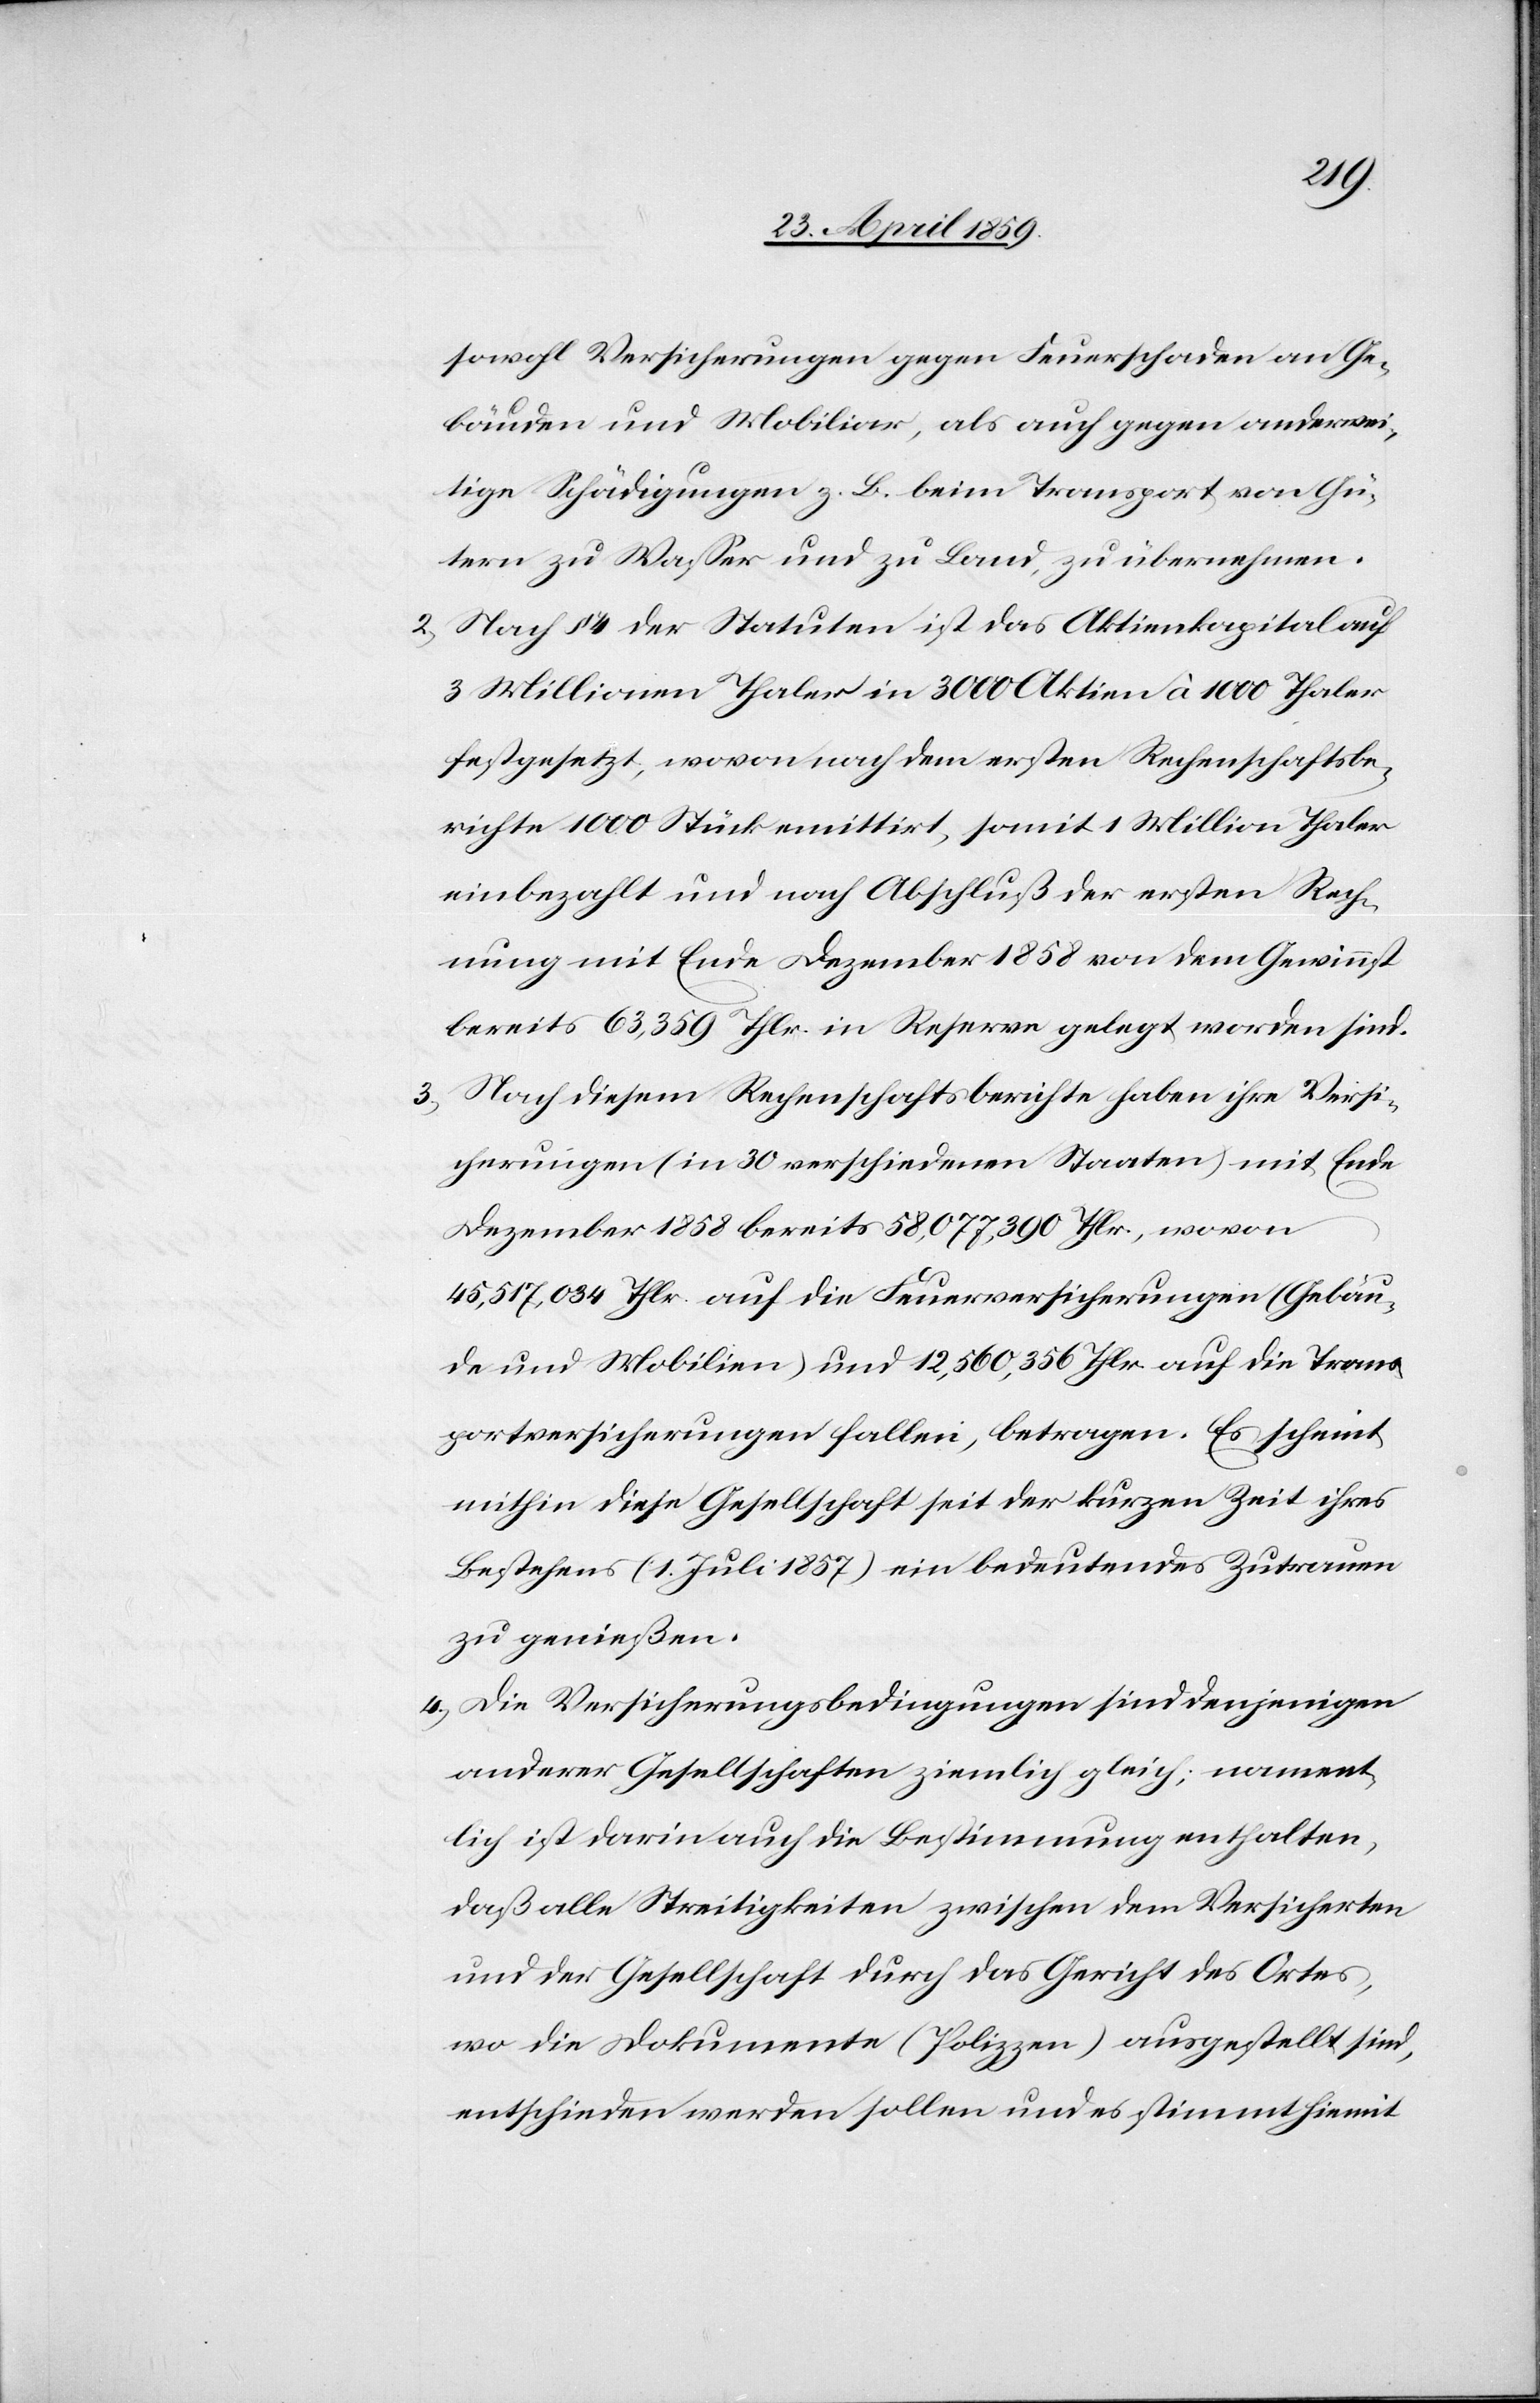
sowohl Versicherungen gegen Feuerschaden an Ge¬
bäuden und Mobiliar, als auch gegen anderwei¬
tige Schädigungen z. B. beim Transport von Gü¬
tern zu Waßer und zu Land, zu übernehmen.
2) Nach § 4 der Statuten ist das Aktienkapital auf
3 Millionen Thaler in 3000 Aktien à 1000 Thaler
einbezahlt und nach Abschluß der ersten Rech¬
nung mit Ende Dezember 1858 von dem Gewinnst
bereits 63,359 Thlr. in Reserve gelegt worden sind.
3) Nach diesem Rechenschaftsberichte haben ihre Versi¬
cherungen (in 30 verschiedenen Staaten) mit Ende
Dezember 1858 bereits 58,077,390 Thlr., wovon
45,517,034 Thlr. auf die Feuerversicherungen (Gebäu¬
de und Mobilien) und 12,560,356 Thlr. auf die Trans¬
portversicherungen fallen, betragen. Es scheint
mithin diese Gesellschaft seit der kurzen Zeit ihres
Bestehens (1. Juli 1857) ein bedeutendes Zutrauen
zu genießen.
4) Die Versicherungsbedingungen sind denjenigen
anderer Gesellschaften ziemlich gleich; nament¬
lich ist darin auch die Bestimmung enthalten,
daß alle Streitigkeiten zwischen dem Versicherten
und der Gesellschaft durch das Gericht des Ortes,
wo die Dokumente (Polizzen) ausgestellt sind,
entschieden werden sollen und es stimmt hiemit